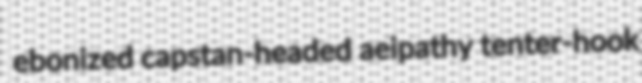
ebonized capstan-headed aeipathy tenter-hook